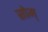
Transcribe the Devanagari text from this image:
सोम्